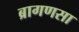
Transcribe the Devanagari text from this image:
ब्रागणसा